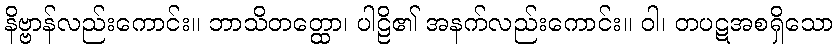
နိဗ္ဗာန်လည်းကောင်း။ ဘာသိတတ္ထော၊ ပါဠိ၏ အနက်လည်းကောင်း။ ဝါ၊ တပဋအစရှိသော